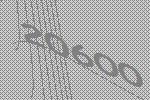
20600